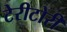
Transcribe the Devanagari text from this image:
टेरीटोरी